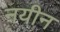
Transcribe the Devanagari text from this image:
नयीन